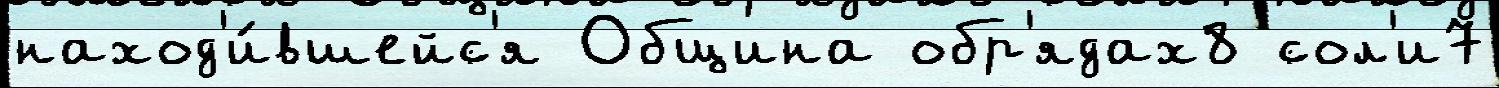
наход'и́вшейс'я Община обр'ядах8 сол'и7